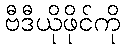
ဗီဒီယိုဖိုင်ကို